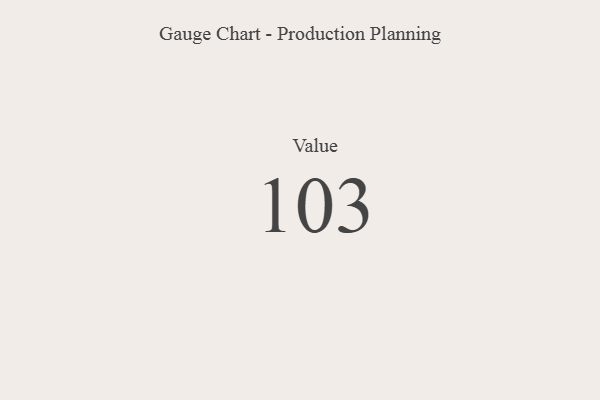
{"axis": {"x": "Metric", "y": "Value"}, "legend": [""], "data": [{"x": "Value", "y": 103, "type": ""}]}